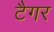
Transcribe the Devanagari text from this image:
टैगर